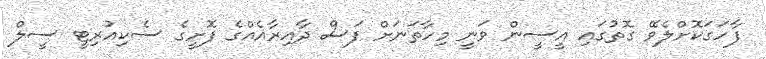
ފާހަގަކޮށްލެވޭ ގޮތުގައި އީސީން ވަނީ މިހާތަނަށް ފަސް ދާއިރާއެއްގެ ފޮށީގެ ސެކިއުރިޓީ ސީލް